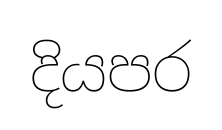
දියපර